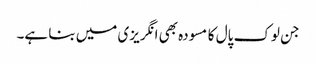
جن لوک پال کا مسودہ بھی انگریزی میں بنا ہے۔